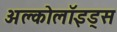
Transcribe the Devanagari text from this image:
अल्कोलॉइड्स